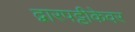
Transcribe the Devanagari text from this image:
द्वारपट्टीकेवर